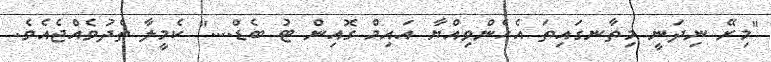
"މިރޭ ނިދަނީ މިތާނގައިތަ އެހެންވިއްޔާ އައިމް ގޮއިން ޓު ބެޑް...." ކެމީލާ ތެދުވެއްޖެއެވެ.